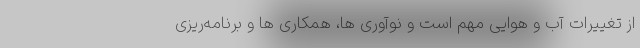
از تغییرات آب و هوایی مهم است و نوآوری ها، همکاری ها و برنامه‌ریزی